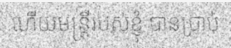
ហើយមន្ត្រីរបស់ខ្ញុំ បានប្រាប់